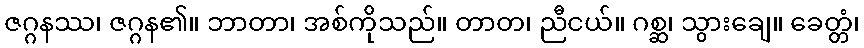
ဇဂ္ဂနဿ၊ ဇဂ္ဂန၏။ ဘာတာ၊ အစ်ကိုသည်။ တာတ၊ ညီငယ်။ ဂစ္ဆ၊ သွားချေ။ ခေတ္တံ၊